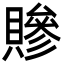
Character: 贂